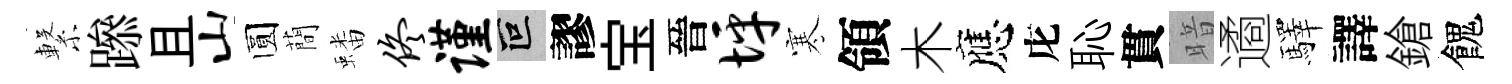
繋𨅶且山圆蕳蟠佟谨叵謬宝晉坪寒領木應庀恥貫暗遹驛譯鎗餽